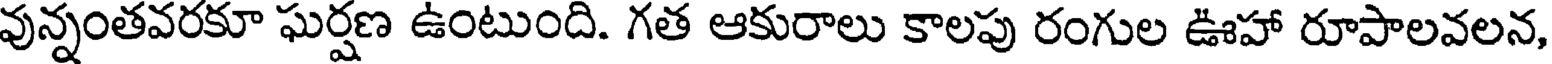
వున్నంతవరకూ ఘర్షణ ఉంటుంది. గత ఆకురాలు కాలపు రంగుల ఊహా రూపాలవలన,